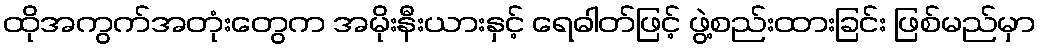
ထိုအကွက်အတုံးတွေက အမိုးနီးယားနှင့် ရေဓါတ်ဖြင့် ဖွဲ့စည်းထားခြင်း ဖြစ်မည်မှာ